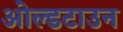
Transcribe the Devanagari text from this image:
ओल्डटाउन